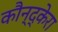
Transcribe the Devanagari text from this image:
कौन्द्केरा